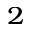
_ 2